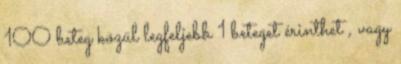
100 beteg közül legfeljebb 1 beteget érinthet , vagy